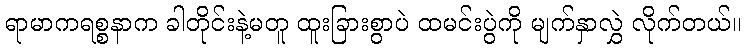
ရာမာကရစ္စနာက ခါတိုင်းနဲ့မတူ ထူးခြားစွာပဲ ထမင်းပွဲကို မျက်နှာလွှဲ လိုက်တယ်။